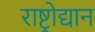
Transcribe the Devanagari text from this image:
राष्ट्रोद्यान